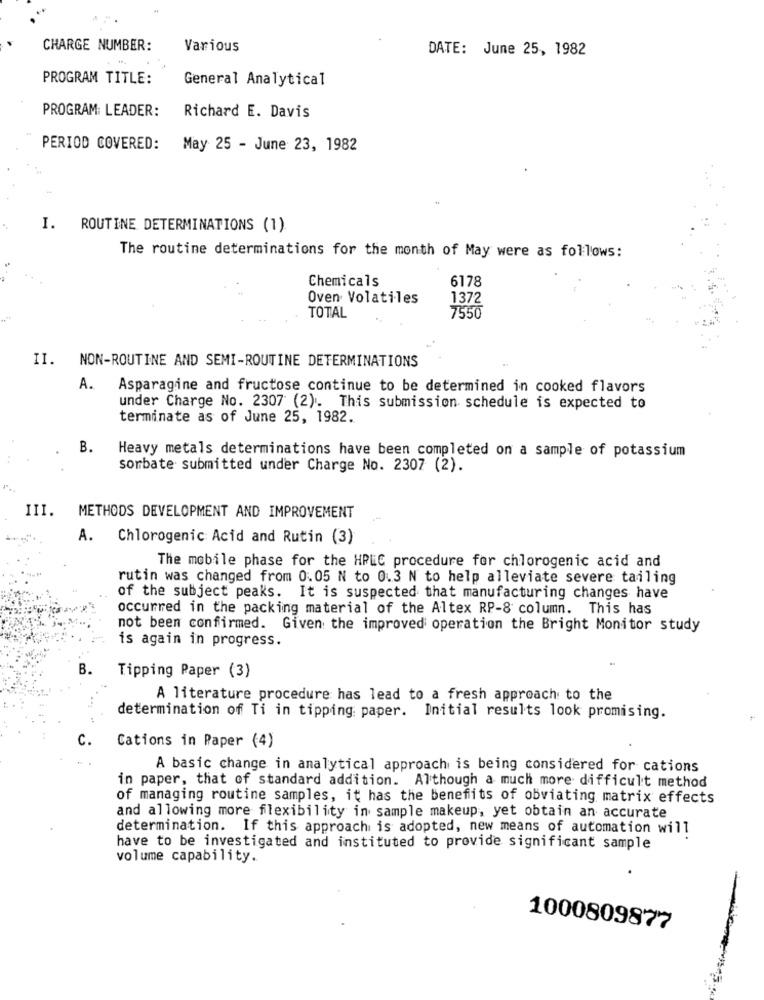
CHARGE NUMBER:
Various
DATE: June 25, 1982
PROGRAM TITLE:
General Analytical
PROGRAM: LEADER:
Richard E. Davis
PERIOD COVERED:
May 25 - June 23, 1982
. ROUTINE DETERMINATIONS (1)
The routine determinations for the month of May were as follows:
Chemicals
6178
Oven Volatiles
1372
TOTAL
7550
II. NON-ROUTINE AND SEMI-ROUTINE DETERMINATIONS
A.
Asparagine and fructose continue to be determined in cooked flavors
under Charge No. 2307 (2). This submission schedule is expected to
terminate as of June 25, 1982.
B.
Heavy metals determinations have been completed on a sample of potassium
sorbate submitted under Charge No. 2307 (2).
III.
METHODS DEVELOPMENT AND IMPROVEMENT
A. Chlorogenic Acid and Rutin (3)
The mobile phase for the HPLC procedure for chlorogenic acid and
rutin was changed from 0.05 N to 0.3 N to help alleviate severe tailing
of the subject peaks. It is suspected that manufacturing changes have
occurred in the packing material of the Altex RP-8 column. This has
not been confirmed. Given the improved operation the Bright Monitor study
is again in progress.
B.
Tipping Paper (3)
A literature procedure has lead to a fresh approach to the
determination of Ti in tipping: paper. Initial results look promising.
C.
Cations in Paper (4)
A basic change in analytical approach is being considered for cations
in paper, that of standard addition. Although a much more difficult method
of managing routine samples, it has the benefits of obviating matrix effects
and allowing more flexibility in sample makeup, yet obtain an accurate
determination. If this approach is adopted, new means of automation will
have to be investigated and instituted to provide significant sample
volume capability.
1000809877